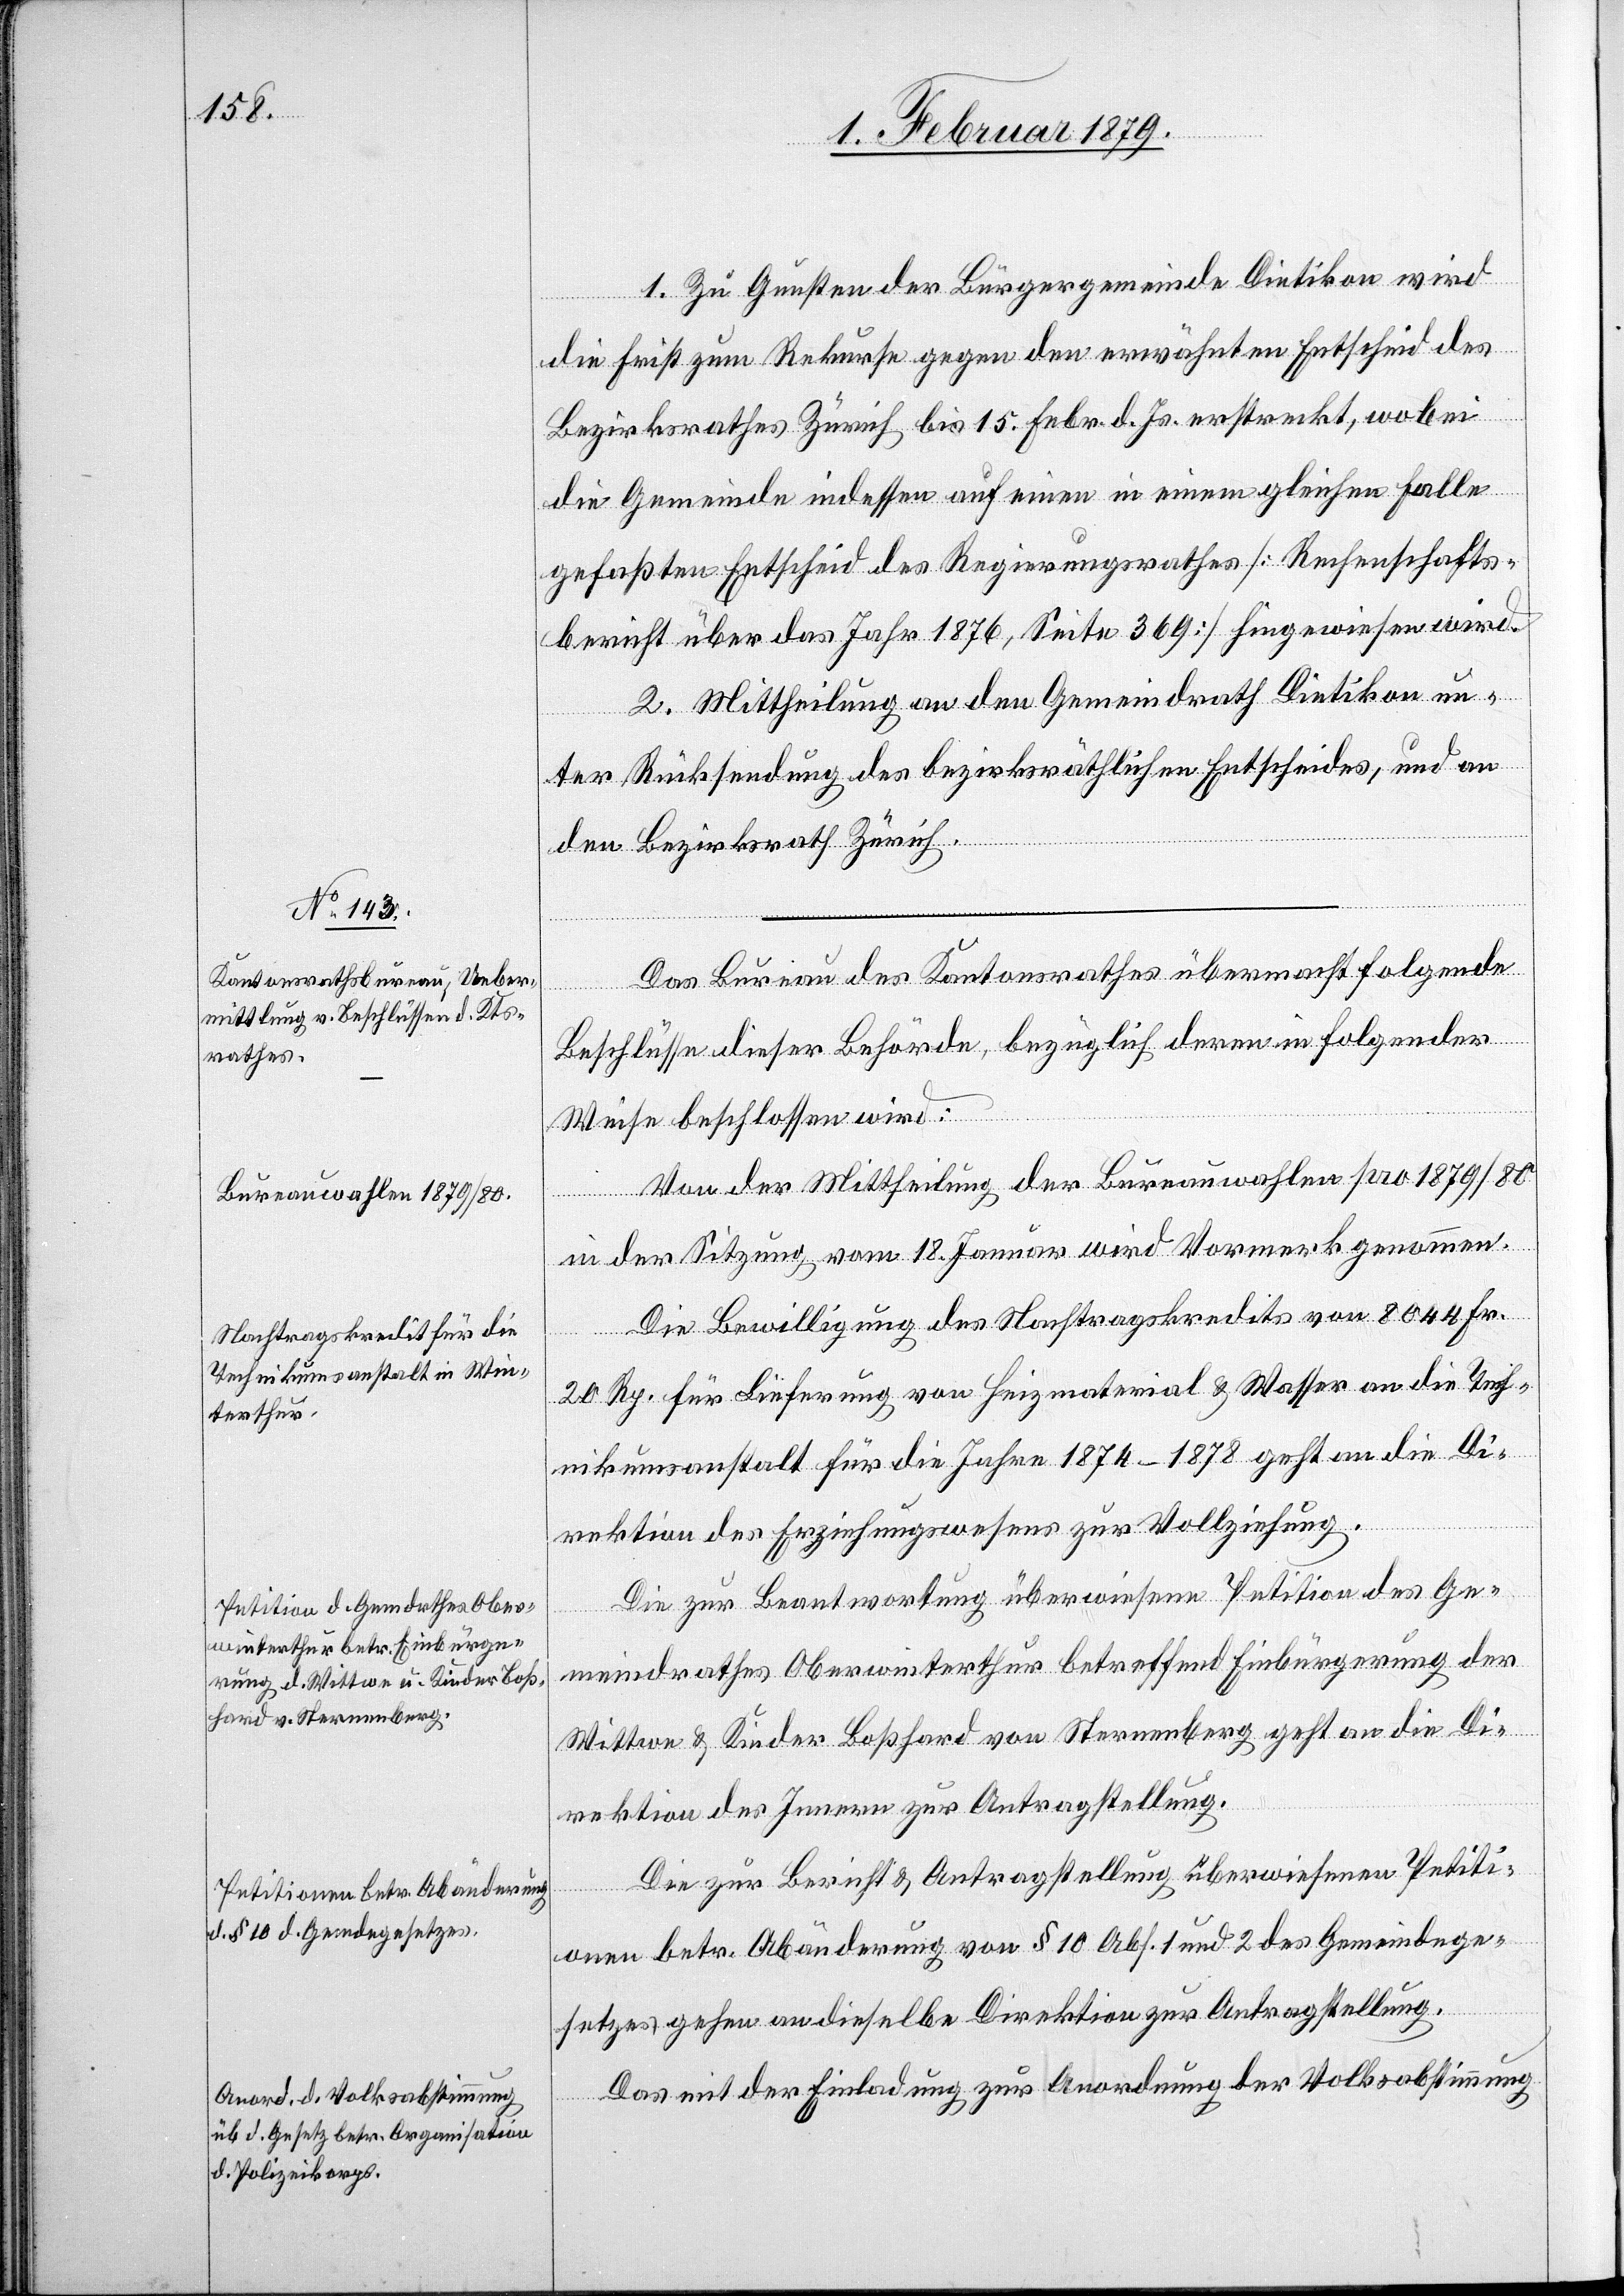
1. Zu Gunsten der Bürgergemeinde Dietikon wird
die Frist zum Rekurse gegen den erwähnten Entscheid des
Bezirksrathes Zürich bis 15. Febr. d. Js. erstreckt, wobei
die Gemeinde indessen auf einen in einem gleichen Falle
gefaßten Entscheid des Regierungsrathes [Rechenschafts¬
bericht über das Jahr 1876, Seite 369] hingewiesen wird.
2. Mittheilung an den Gemeindrath Dietikon un¬
ter Rücksendung des bezirksräthlichen Entscheides, und an
den Bezirksrath Zürich.
Das Bureau des Kantonsrathes übermacht folgende
Beschlüsse dieser Behörde, bezüglich deren in folgender
Weise beschlossen wird:
Von der Mittheilung der Bureauwahlen pro 1879/80
in der Sitzung vom 18. Januar wird Vormerk genommen.
Die Bewilligung des Nachtragskredits von 8044 Fr.
20 Rp. für Lieferung von Heizmaterial & Wasser an die Tech¬
nikumsanstalt für die Jahre 1874–1878 geht an die Di¬
rektion des Erziehungswesens zur Vollziehung.
Die zur Beantwortung überwiesene Petition des Ge¬
meindrathes Oberwinterthur betreffend Einbürgerung der
Wittwe & Kinder Boßhard von Sternenberg geht an die Di¬
rektion des Innern zur Antragstellung.
Die zur Bericht[-] & Antragstellung überwiesenen Petiti¬
onen betr. Abänderung von § 10 Abs. 1 und 2 des Gemeindege¬
setzes gehen an dieselbe Direktion zur Antragstellung.
Das mit der Einladung zur Anordnung der Volksabstimmung